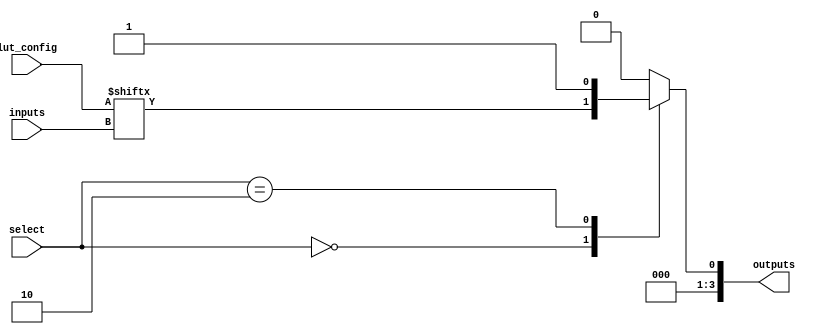
module CLB (
    input wire [3:0] inputs,           // 4 input lines
    input wire [1:0] select,           // Select signal for multiplexer
    input wire [15:0] lut_config,       // Configuration for the LUT (16 bits for 4-input LUT)
    output wire [3:0] outputs           // 4 output lines
);

// Internal signals
wire lut_out;                          // Output from the LUT
wire mux_out;                          // Output from the multiplexer

// 4-input LUT implementation
// The LUT is configured by the lut_config input
assign lut_out = lut_config[{inputs[3], inputs[2], inputs[1], inputs[0]}];

// Multiplexer to select between LUT output and other signals
// Assuming we have 2 inputs to select from: LUT output and a constant value (e.g., 0)
always @(*) begin
    case (select)
        2'b00: mux_out = lut_out;       // Select LUT output
        2'b01: mux_out = 1'b0;          // Select constant 0
        2'b10: mux_out = 1'b1;          // Select constant 1
        default: mux_out = 1'b0;        // Default to 0
    endcase
end

// Assign outputs
assign outputs = {3'b000, mux_out};    // Assuming only one output for simplicity

endmodule